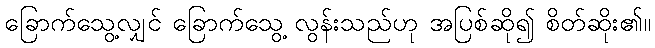
ခြောက်သွေ့လျှင် ခြောက်သွေ့ လွန်းသည်ဟု အပြစ်ဆို၍ စိတ်ဆိုး၏။